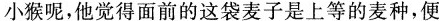
小猴呢，他觉得面前的这袋麦子是上等的麦种，便